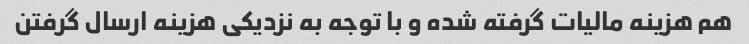
هم هزینه مالیات گرفته شده و با توجه به نزدیکی هزینه ارسال گرفتن